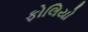
ફોલિયો